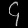
Digit: ၄